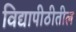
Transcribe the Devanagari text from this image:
विद्यापीठीतील